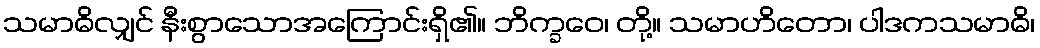
သမာဓိလျှင် နီးစွာသောအကြောင်းရှိ၏။ ဘိက္ခဝေ၊ တို့။ သမာဟိတော၊ ပါဒကသမာဓိ၊